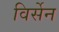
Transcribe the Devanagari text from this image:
विर्सेन